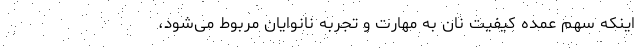
اینکه سهم عمده کیفیت نان به مهارت و تجربه نانوایان مربوط می‌شود،